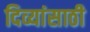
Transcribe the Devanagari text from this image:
दिव्यांसाठी